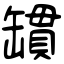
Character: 罆